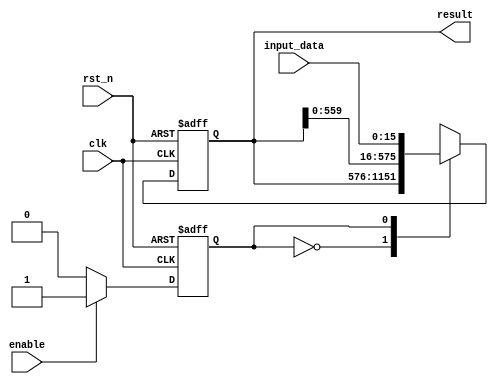
`timescale 1ns / 1ps
//////////////////////////////////////////////////////////////////////////////////
// Company: 
// Engineer: 
// 
// Design Name: 
// Module Name: shift_reg_act
// Project Name: 
// Target Devices: 
// Tool Versions: 
// Description: 
// 
// Dependencies: 
// 
// Revision:
// Revision 0.01 - File Created
// Additional Comments:
// 
//////////////////////////////////////////////////////////////////////////////////


module shift_reg_act(
	input					clk,
	input                   rst_n,
	input 					enable,
	input 			[15:0]	input_data,

	output	reg		[575:0]	result
    );

reg                         state;
reg                         next_state;

always@(posedge clk or negedge rst_n)
begin
	if(rst_n == 1'b0)	begin
		state 				<=	1'b0;
	end
	else begin
		state 				<=	next_state;
	end
end

always@(*)
begin
	next_state 				=	state;
	if(enable)	begin
		next_state			=	1'b1;
	end
	else begin
		next_state 			=	1'b0;
	end
end

always@(posedge clk or negedge rst_n)
begin
	if(!rst_n)	begin
		result				<=	0;
	end
	else begin
		case(state)
		1'b0 	:begin
					result 	<=	result;
				end
		1'b1 	:begin
					result 	<=	{result[559:0],input_data};
					//result 	<=	{result[383:0],input_data};
				end
		endcase
	end
	
end

endmodule